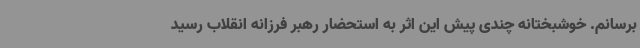
برسانم. خوشبختانه چندی پیش این اثر به استحضار رهبر فرزانه انقلاب رسید